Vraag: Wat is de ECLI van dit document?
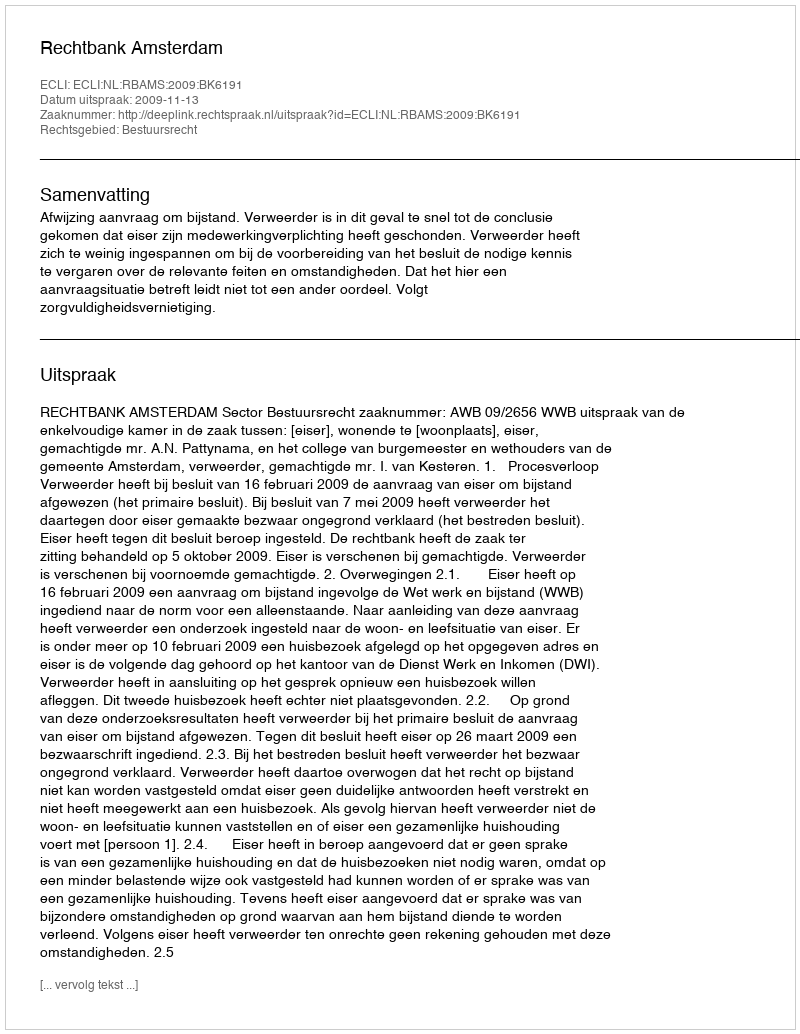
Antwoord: ECLI:NL:RBAMS:2009:BK6191